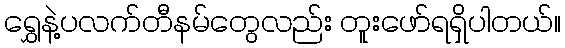
ရွှေနဲ့ပလက်တီနမ်တွေလည်း တူးဖော်ရရှိပါတယ်။